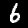
Label: 6